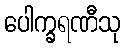
ပေါက္ခရဏီသု